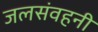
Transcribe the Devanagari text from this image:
जलसंवहनी